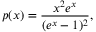
p ( x ) = \frac { x ^ { 2 } e ^ { x } } { ( e ^ { x } - 1 ) ^ { 2 } } ,